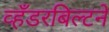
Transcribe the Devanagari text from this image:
व्हँडरबिल्टने